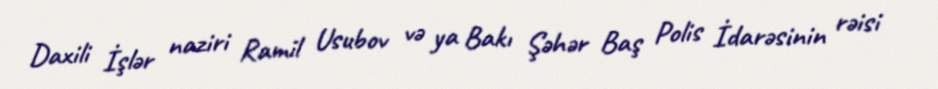
Daxili İşlər naziri Ramil Usubov və ya Bakı Şəhər Baş Polis İdarəsinin rəisi